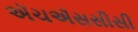
ઍચઍસસીસી